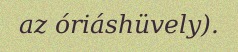
az óriáshüvely).